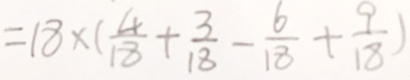
= 1 8 \times ( \frac { 4 } { 1 8 } + \frac { 3 } { 1 8 } - \frac { 6 } { 1 8 } + \frac { 9 } { 1 8 } )